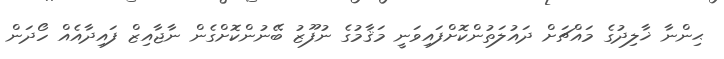
ޙިންނާ ޚާލިދުގެ މައްޗަށް ދައުލަތުންކޮށްފައިވަނީ މަޤާމުގެ ނުފޫޒު ބޭނުންކޮށްގެން ނާޖާއިޒް ފައިދާއެއް ހޯދަން